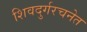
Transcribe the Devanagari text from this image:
शिवदुर्गरचनेत